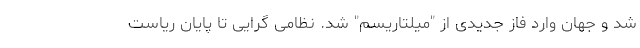
شد و جهان وارد فاز جدیدی از "میلتاریسم" شد. نظامی گرایی تا پایان ریاست